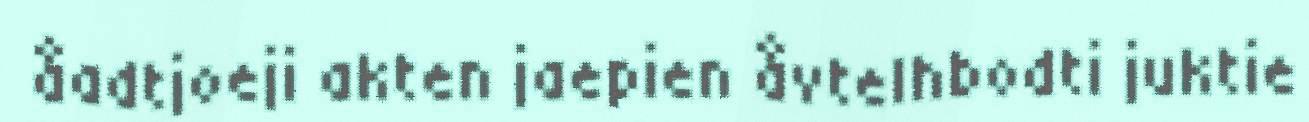
åadtjoeji akten jaepien åvtelhbodti juktie